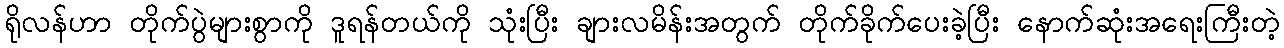
ရိုလန်ဟာ တိုက်ပွဲများစွာကို ဒူရန်တယ်ကို သုံးပြီး ချားလမိန်းအတွက် တိုက်ခိုက်ပေးခဲ့ပြီး နောက်ဆုံးအရေးကြီးတဲ့